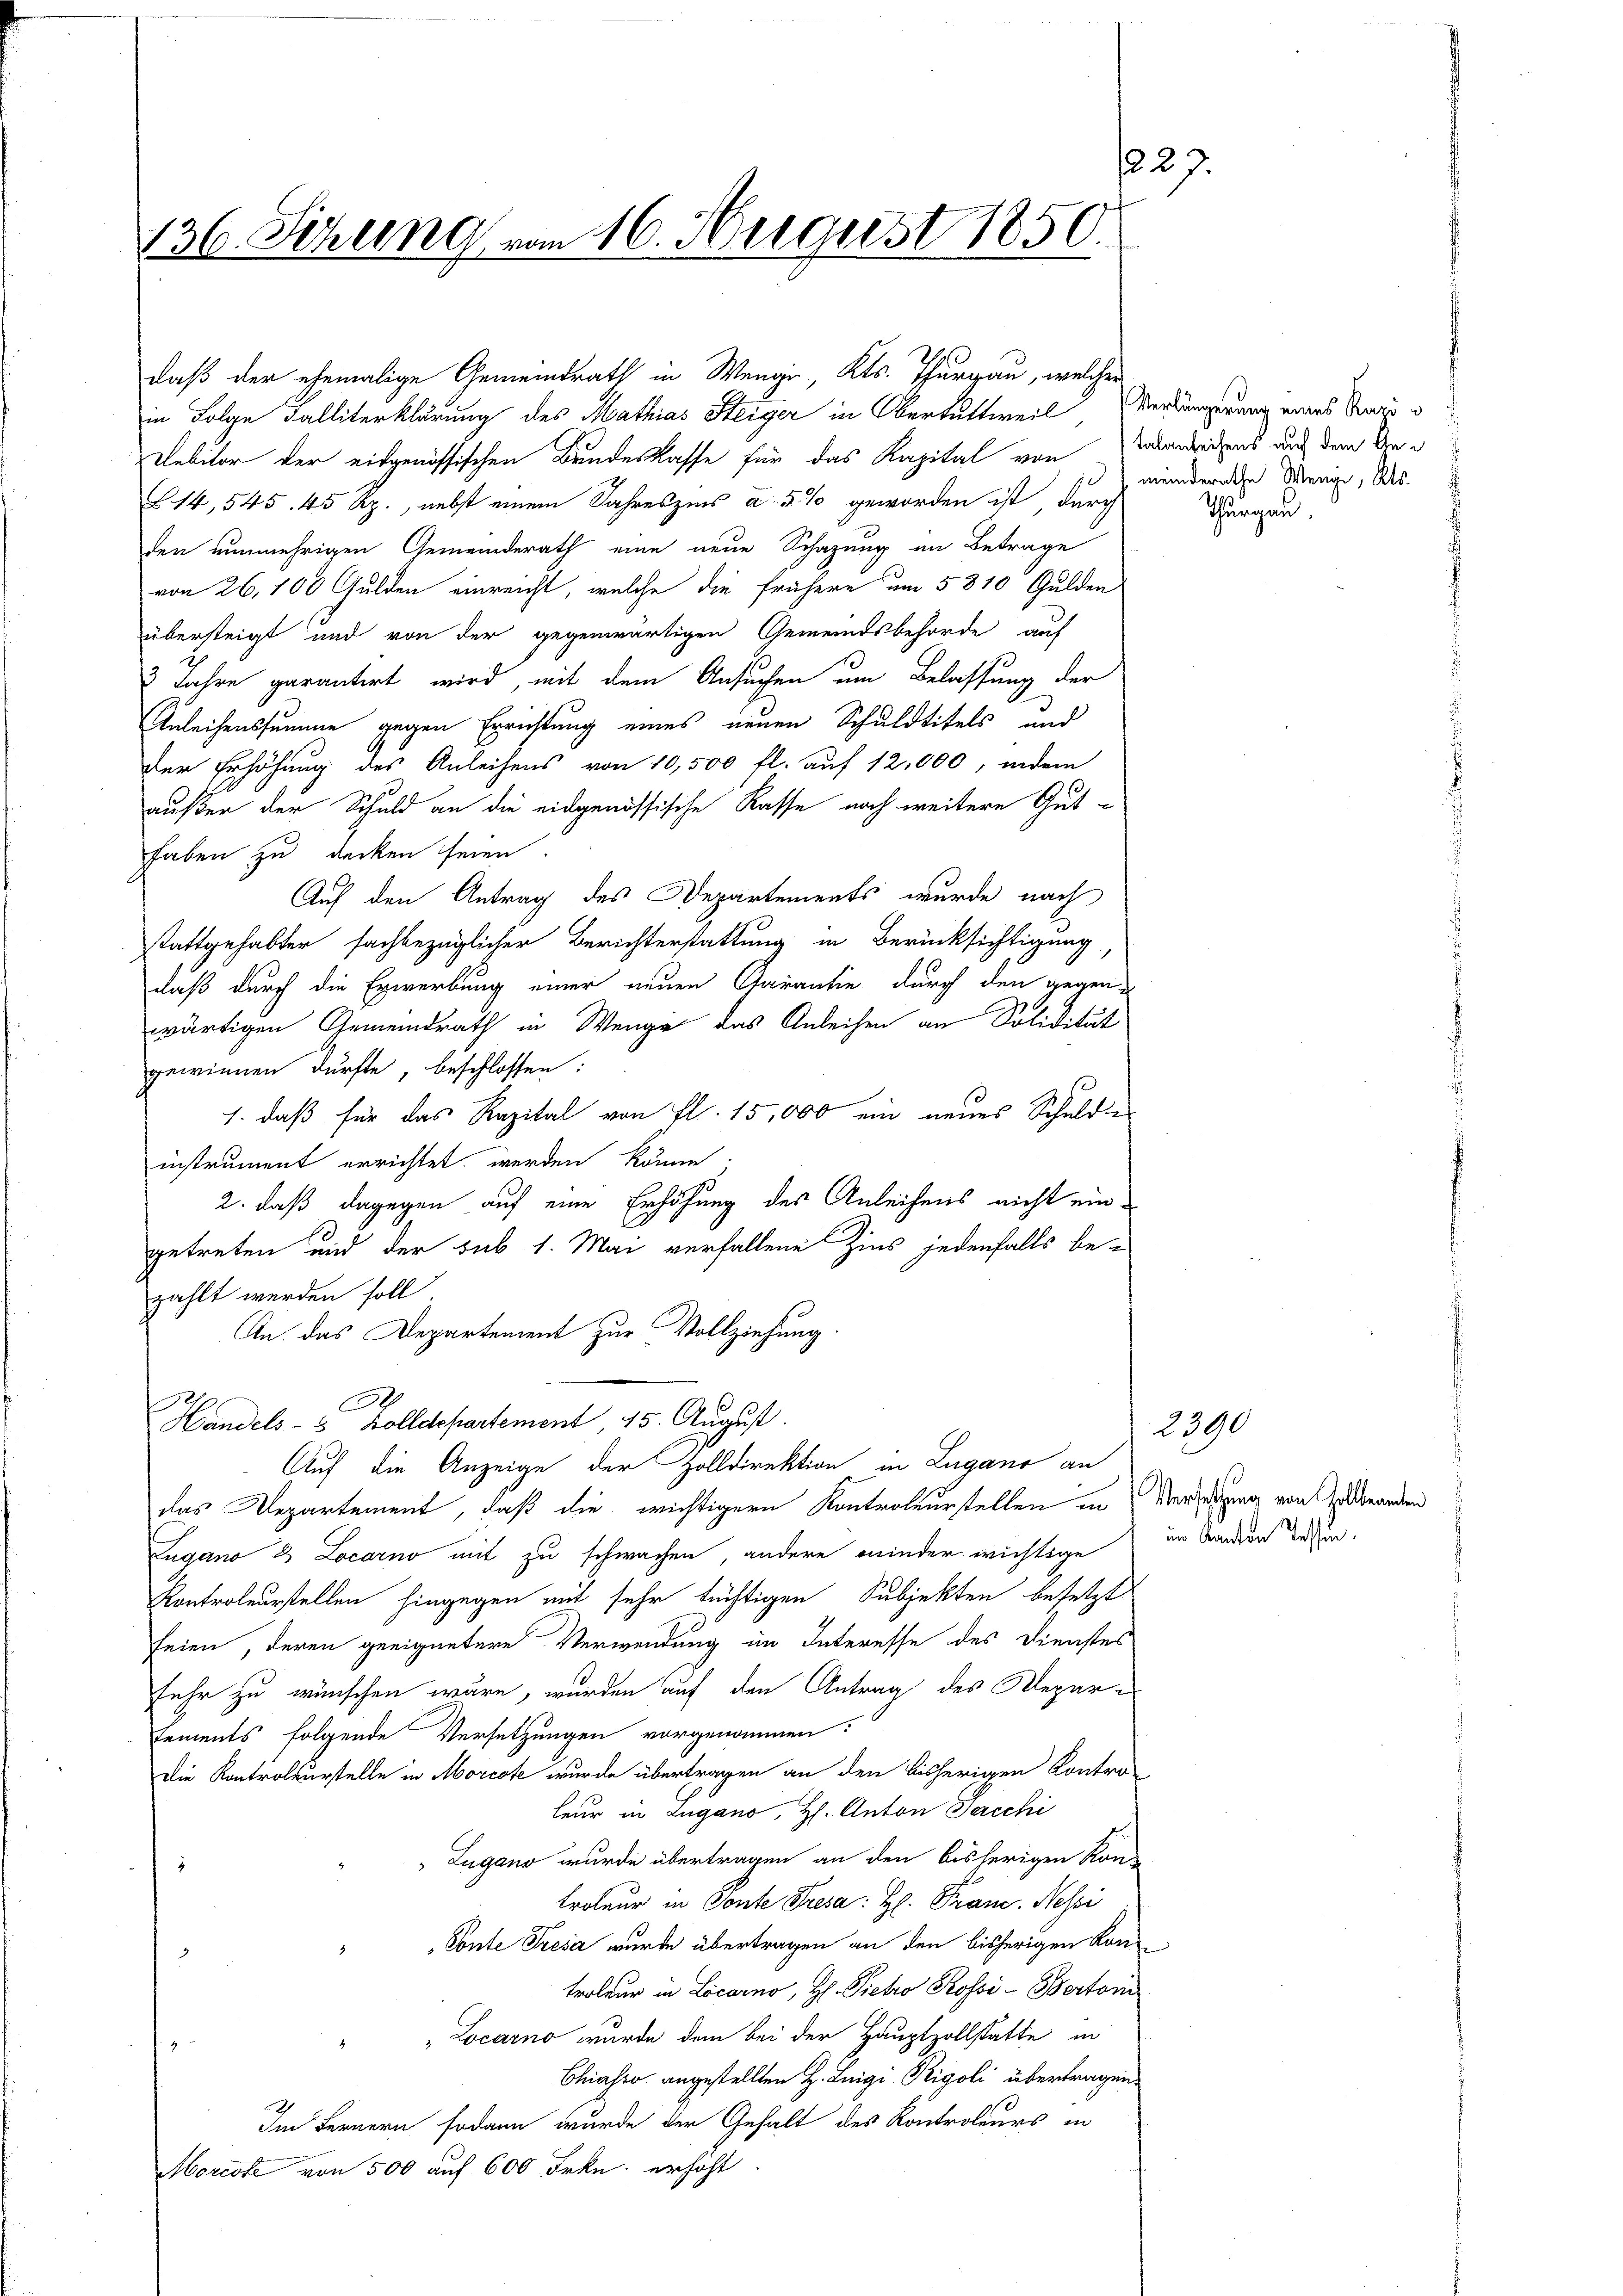
227.
136. Sehling vom 16. August 1850.

daß der ehemalige Gemeindrath in Wengi, Kts. Thurgau, welcher
Debitor der eidgenössischen Bundeskasse für das Kapital von Bodenrechens auf dem An¬
L14, 545. 45 Rp., nebst einem Jahreszins u. 5 % geworden ist, durch
den nunmehrigen Gemeinderath eine neue Schazung an Betrage
von 26, 100 Gulden einreicht, welche die frühere um 5810 Gulden
übersteigt und von der gegenwärtigen Gemeindsbehörde auf
3 Jahre garantirt wird, mit dem Ansuchen um Belassung der
Anleihenssumme gegen Errichtung eines neuen Schuldtitels und
der Erhöhung des Anleihens von 10,500 fl. auf 12,000, indem
außer der Schuld an die eidgenössische Kasse noch weitere Guthaben zu decken seien.
Auf den Antrag des Departements, wurde nach
stattgehabter sachbezüglicher Berichterstattung in Berücksichtigung
daß durch die Erwerbung einer neuen Garantie durch den gegenwärtigen Gemeindrath in Wenge das Anleihen an Soliditut
gewinnen dürfte, beschlossen:
1. daß für das Kapital von fl. 15,000 ein neues Schuldinstrument errichtet werden könne.
2., daß dagegen auf eine Erhöhung des Anleihens nicht eingetreten und der sub 1. Mai verfallene Zins jedenfalls be-
zahlt werden soll
An das Departement zur Vollziehung.
.
Handels- 5 Zolldepartement 15. August.
Auf die Anzeige der Zolldirektion in Lugano an
das Departement, daß die wichtigern Kontroleurstellen in Verledigung von Granden
Lugano 2 Locarno mit zu schwachen, andere minder wichtige
Kontroleurstellen hingegen mit sehr tüchtigen Subjekten besetzt
feien, deren geeignetere Verwendung im Interesse des Dienstes
sehr zu wünschen wäre, wurden auf den Antrag des Depar¬
Lements folgende Versetzungen vorgenommen:
Die Kontroleurstelle in Morcote wurde übertragen an den bisherigen Kontro-
leur in Lugano, H. Anton Sacchi
Zugano wurde übertragen an den bisherigen Kon-
troleur in Ponte Fresa: H. Pran. Nessi
Ponte Treser wurde übertragen an den bisherigen Kontroleur in Locarno, H. Pietro Kossi-Bertoni
Locarno wurde dem bei der Hauptzollstätte in
Chiasso angestellten H. Luigi Rigoli übertragen.
Im Fernern sodann wurde der Gehalt des Kontroleurs in
Morcote von 500 auf 600 Frkn. erhöht.

in Folge Falliterklärung des Mathias Steiger in Obertuttweil Werkungerung mars Praxis u

meinderathe Wenige, als
Thurgau.

2390
im Kanton Tessin.